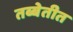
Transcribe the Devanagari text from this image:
तब्बेतीत